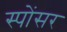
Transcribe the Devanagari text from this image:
स्पोंसर